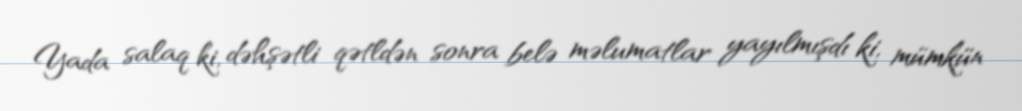
Yada salaq ki, dəhşətli qətldən sonra belə məlumatlar yayılmışdı ki, mümkün